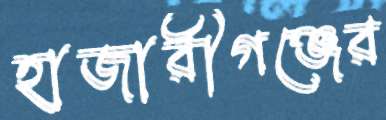
হাজারীগঞ্জের